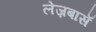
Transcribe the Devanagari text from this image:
लेज़बासॅ